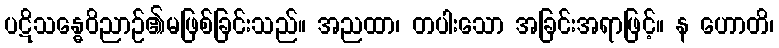
ပဋိသန္ဓေဝိညာဉ်၏မဖြစ်ခြင်းသည်။ အညထာ၊ တပါးသော အခြင်းအရာဖြင့်။ န ဟောတိ၊